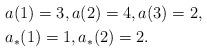
LaTeX: \begin{align*}&a(1)=3,a(2)=4,a(3)=2,\cr&a_*(1)=1,a_*(2)=2.\end{align*}